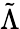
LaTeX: \tilde{\Lambda}